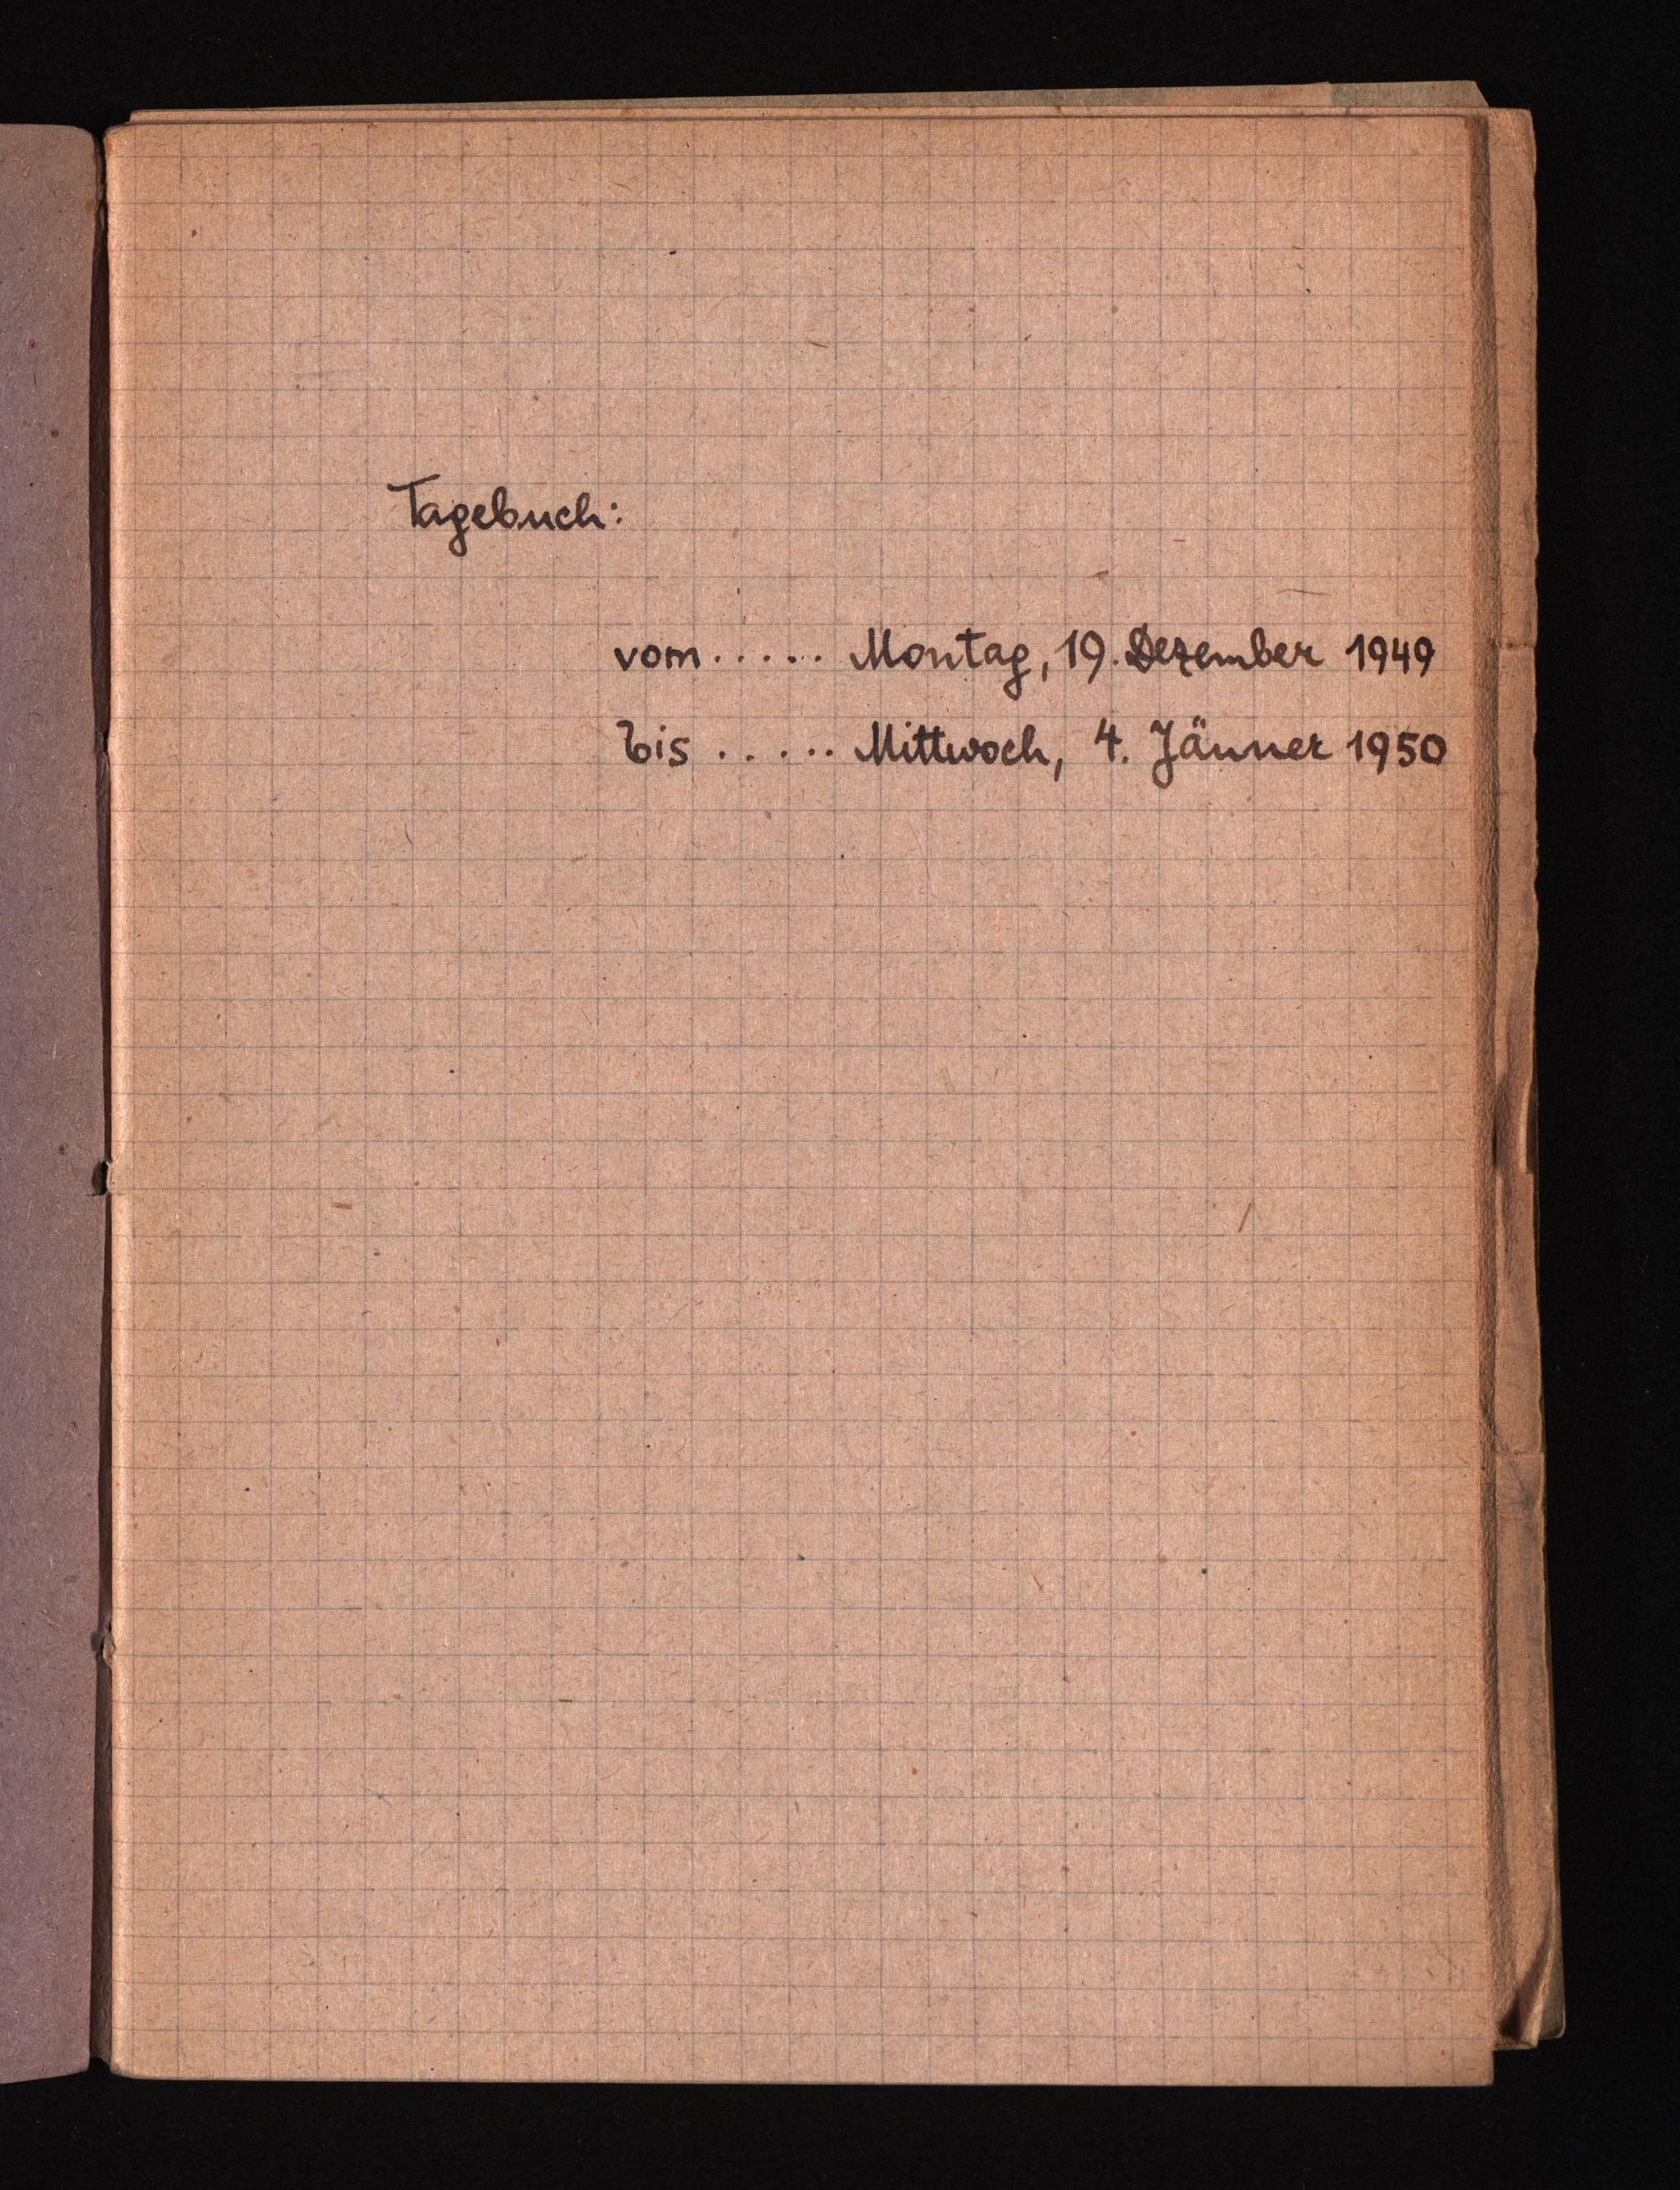
Tagebuch:
vom ..... Montag, 19. Dezember 1949
bis ..... Mittwoch, 4. Jänner 1950